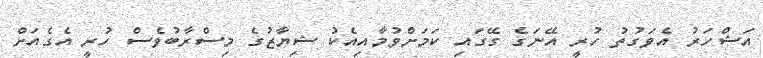
އަޝްހަރު އެވަގުތު ހުރީ އޭނަގެ ގޭގައި ކަމަށްވުމާއިއެކު ޝިޔާޒުގެ މިސްރާބުވެސް ހުރީ އެގެއަށް